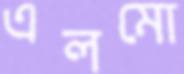
এলমো